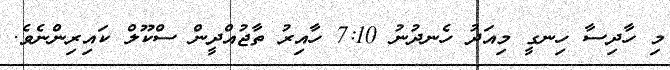
މި ހާދިސާ ހިނގީ މިއަދު ހެނދުނު 7:10 ހާއިރު ތާޖުއްދީން ސްކޫލް ކައިރިންނެވެ.